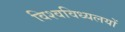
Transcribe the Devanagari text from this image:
विश्वविध्यलयों